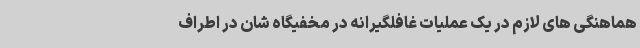
هماهنگی های لازم در یک عملیات غافلگیرانه در مخفیگاه شان در اطراف